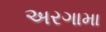
અરગામા